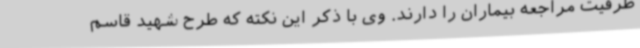
ظرفیت مراجعه بیماران را دارند. وی با ذکر این نکته که طرح شهید قاسم